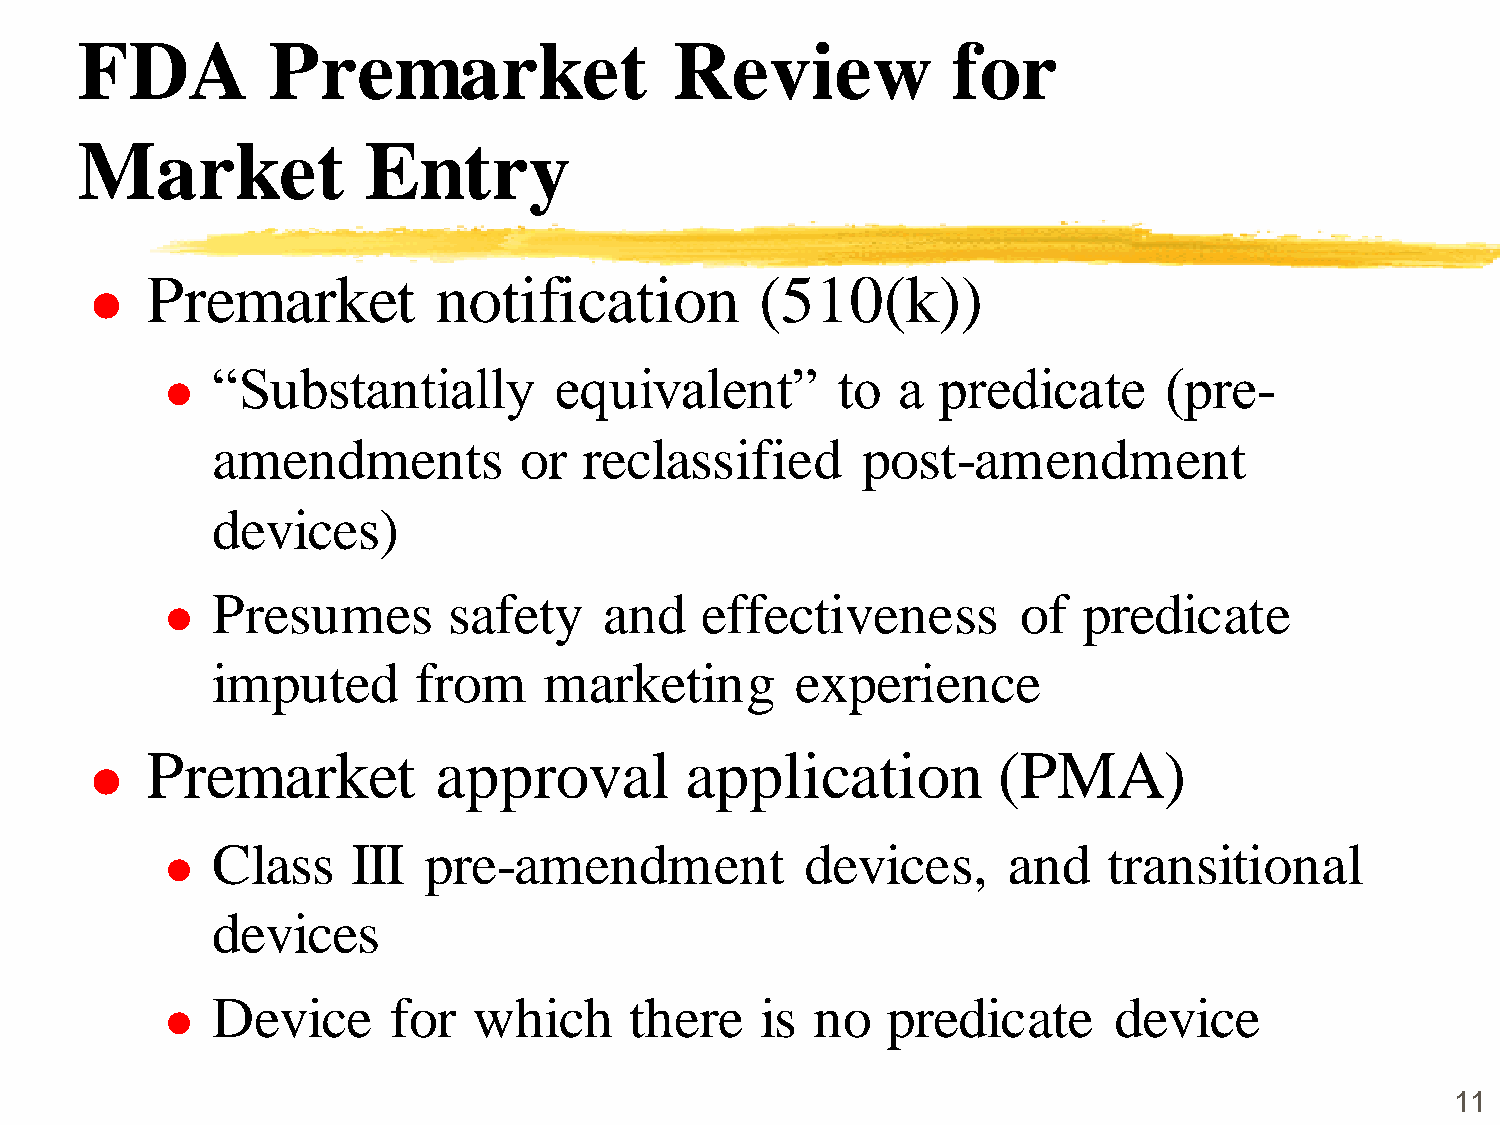
FDA          Premarket                  Review            for
 Market             Entry
 Premarket          notification         (510(k))
 
 “Substantially         equivalent”       to  a  predicate      (pre-
 
 amendments          or   reclassified      post-amendment
 devices)
 Presumes        safety    and   effectiveness         of  predicate
 
 imputed      from     marketing        experience
 Premarket          approval        application          (PMA)
 
 Class    III  pre-amendment            devices,      and   transitional
 
 devices
 Device      for  which      there   is  no   predicate      device
 
 11